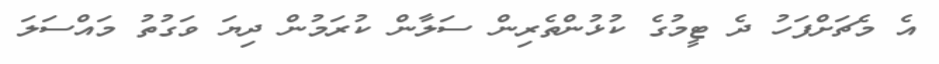
އެ މެޗަށްފަހު ދެ ޓީމުގެ ކުޅުންތެރިން ސަލާން ކުރަމުން ދިޔަ ވަގުތު މައްސަލަ